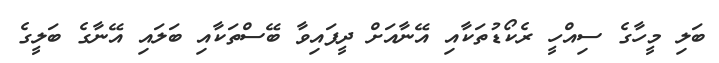
ބަލި މީހާގެ ސިއްހީ ރެކޯޑުތަކާއި އޭނާއަށް ދީފައިވާ ބޭސްތަކާއި ބަލައި އޭނާގެ ބަލީގެ